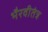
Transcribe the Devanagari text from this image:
भैरवीतंत्र